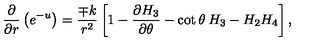
\frac { \partial } { \partial r } \left( e \sp { - u } \right) = \frac { \mp k } { r ^ { 2 } } \left[ 1 - \frac { \partial H _ { 3 } } { \partial \theta } - \cot \theta \: H _ { 3 } - H _ { 2 } H _ { 4 } \right] ,